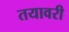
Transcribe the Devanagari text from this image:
तयावरी